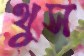
থুস